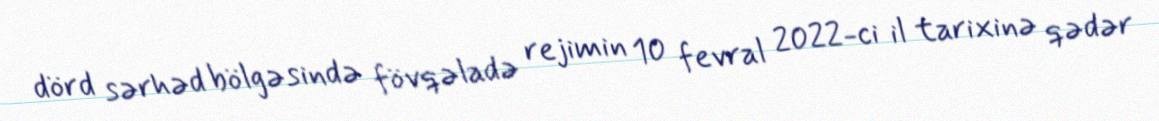
dörd sərhəd bölgəsində fövqəladə rejimin 10 fevral 2022-ci il tarixinə qədər